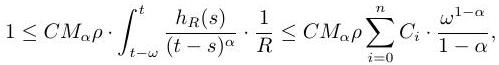
$1\leq CM_{\alpha}\rho\cdot\int_{t - \omega}^{t}\frac{h_{R}(s)}{(t - s)^{\alpha}}\cdot\frac{1}{R}\leq CM_{\alpha}\rho\sum_{i = 0}^{n}C_{i}\cdot\frac{\omega^{1 - \alpha}}{1 - \alpha},$